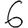
Digit: 6